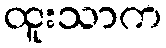
ထူးသာက